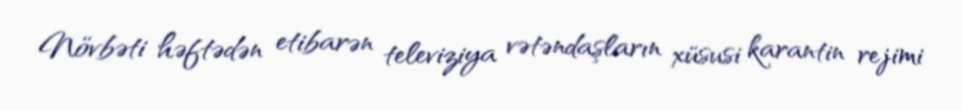
Növbəti həftədən etibarən televiziya vətəndaşların xüsusi karantin rejimi